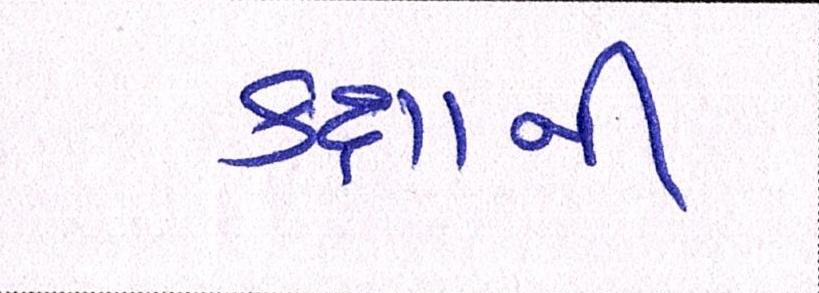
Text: કક્ષાની